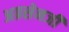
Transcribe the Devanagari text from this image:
अग्रसेनजी